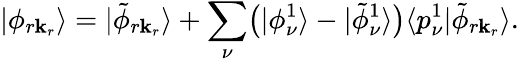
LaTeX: |\phi_{r\mathbf k_{r}}\rangle=|\tilde{\phi}_{r\mathbf k_{r}}\rangle+\sum_{\nu}\bigl(|\phi_{\nu}^{1}\rangle-|\tilde{\phi}_{\nu}^{1}\rangle\bigr)\langle p_{\nu}^{1}|\tilde{\phi}_{r\mathbf k_{r}}\rangle.